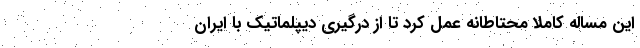
این مساله کاملاً محتاطانه عمل کرد تا از درگیری دیپلماتیک با ایران